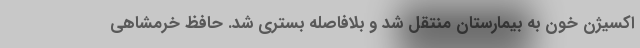
اکسیژن خون به بیمارستان منتقل شد و بلافاصله بستری شد. حافظ خرمشاهی